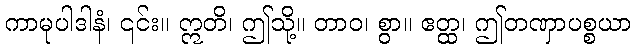
ကာမုပါဒါနံ၊ ၎င်း။ ဣတိ၊ ဤသို့။ တာဝ၊ စွာ။ ဧတ္ထ၊ ဤတဏှာပစ္စယာ